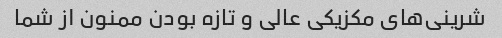
شرینی‌های مکزیکی عالی و تازه بودن ممنون از شما